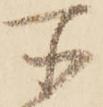
所